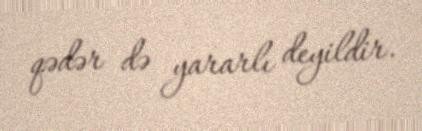
qədər də yararlı deyildir.